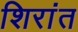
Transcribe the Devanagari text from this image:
शिरांत